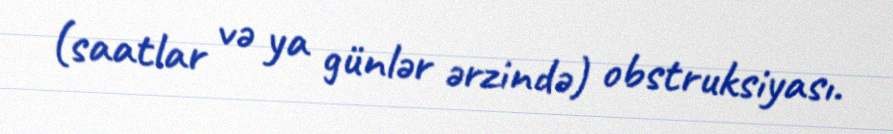
(saatlar və ya günlər ərzində) obstruksiyası.